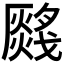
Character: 𤑂